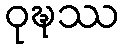
ဝုဍ္ဎဿ